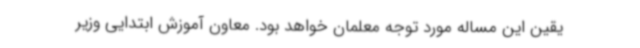
یقین این مساله مورد توجه معلمان خواهد بود. معاون آموزش ابتدایی وزیر